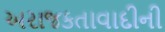
અરાજકતાવાદીની